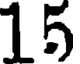
15